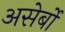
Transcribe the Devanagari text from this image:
असेर्बो